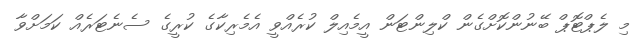
މި ލެޕްޓޮޕް ބޭނުންކޮށްގެން ކްލިންޓަން އީމެއިލް ކުރެއްވީ އެމެރިކާގެ ކުރީގެ ސެނެޓަރެއް ކަމަށްވާ